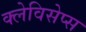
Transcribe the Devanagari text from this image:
क्लेविसेप्स